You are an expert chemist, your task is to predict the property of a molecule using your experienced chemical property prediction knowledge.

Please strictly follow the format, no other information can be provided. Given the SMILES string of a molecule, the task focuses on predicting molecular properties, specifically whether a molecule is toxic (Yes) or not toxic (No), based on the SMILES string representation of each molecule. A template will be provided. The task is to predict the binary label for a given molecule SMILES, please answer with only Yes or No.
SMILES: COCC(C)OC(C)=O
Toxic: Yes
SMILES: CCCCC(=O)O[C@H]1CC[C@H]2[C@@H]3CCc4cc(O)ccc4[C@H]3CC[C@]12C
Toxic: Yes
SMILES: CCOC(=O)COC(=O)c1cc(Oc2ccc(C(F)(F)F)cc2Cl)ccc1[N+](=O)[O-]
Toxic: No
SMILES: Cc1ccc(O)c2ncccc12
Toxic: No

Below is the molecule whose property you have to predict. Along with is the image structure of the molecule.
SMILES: Oc1cccc2ccccc12
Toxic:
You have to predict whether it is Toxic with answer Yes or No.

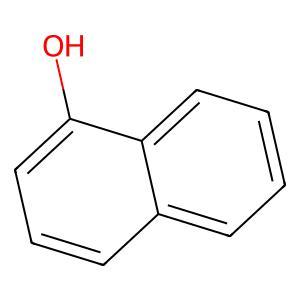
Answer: No